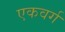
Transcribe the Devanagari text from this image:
एकवर्ग